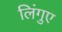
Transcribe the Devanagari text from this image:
लिंगुए